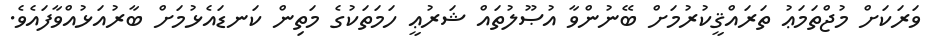
ވަރަކަށް މުޖްތަމަޢު ތަރައްޤީކުރުމަށް ބޭނުންވާ އުޞޫލުތައް ޝަރުޢީ ހަމަތަކުގެ މަތިން ކަނޑައެޅުމަށް ބާރުއަޅުއްވާފައެވެ.